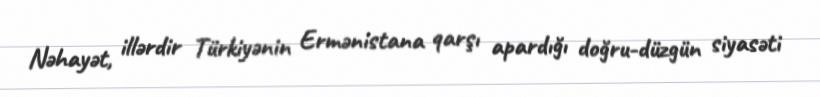
Nəhayət, illərdir Türkiyənin Ermənistana qarşı apardığı doğru-düzgün siyasəti